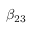
\beta _ { 2 3 }